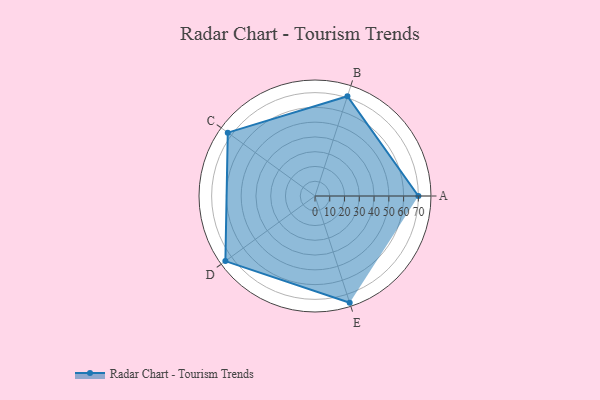
{"axis": {"x": "Skill", "y": "Score"}, "legend": ["Profile"], "data": [{"x": "A", "y": 70.0, "type": "Profile"}, {"x": "B", "y": 71.0, "type": "Profile"}, {"x": "C", "y": 73.0, "type": "Profile"}, {"x": "D", "y": 75.0, "type": "Profile"}, {"x": "E", "y": 76.0, "type": "Profile"}]}